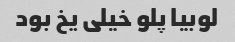
لوبیا پلو خیلی یخ بود